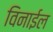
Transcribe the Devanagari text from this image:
विनाईल